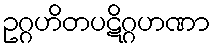
ဥဂ္ဂဟိတပဋိဂ္ဂဟဏာ